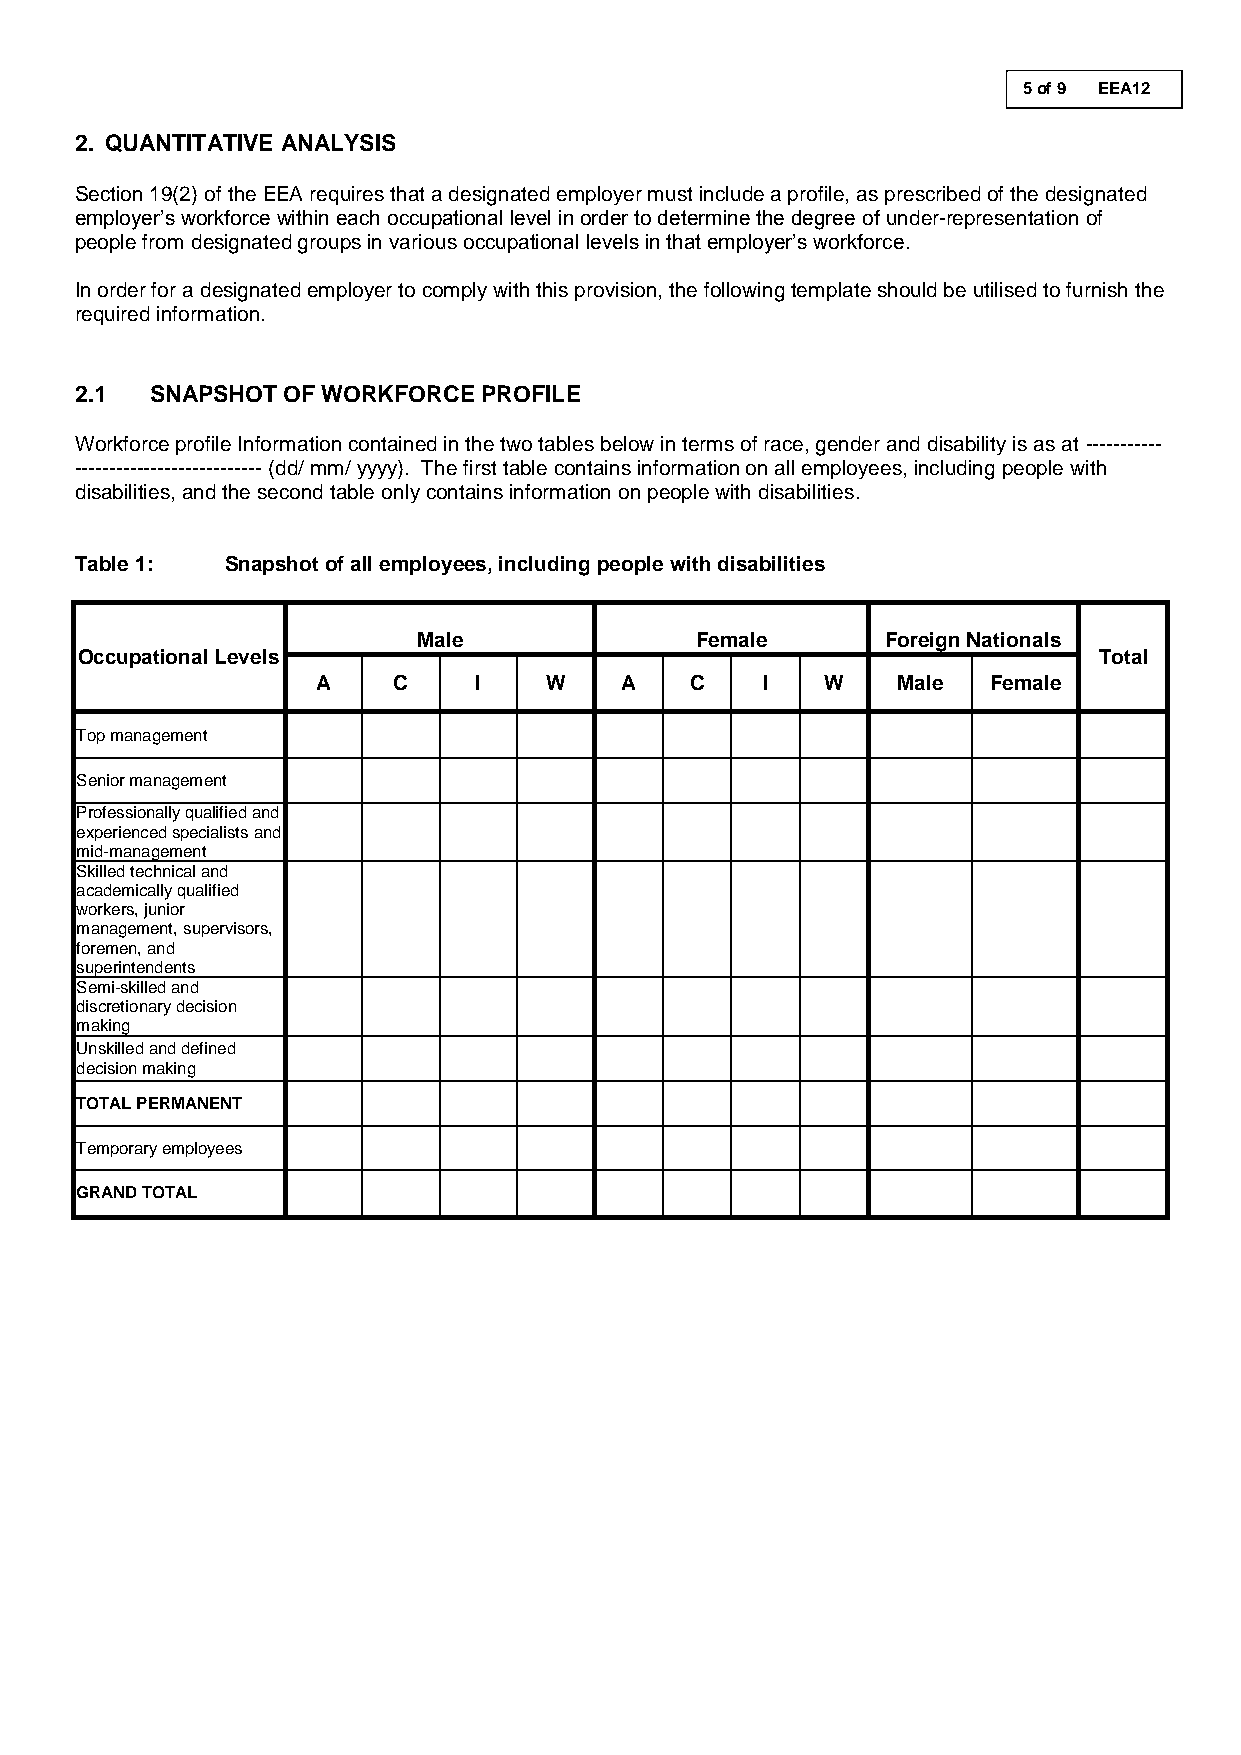
5 of 9 EEA12
 2. QUANTITATIVE ANALYSIS
 5 of 12 EEA2
 Section 19(2) of the EEA requires that a designated employer must include a profile, as prescribed of the designated
 employer’s workforce within each occupational level in order to determine the degree of under-representation of
 people from designated groups in various occupational levels in that employer’s workforce.
 In order for a designated employer to comply with this provision, the following template should be utilised to furnish the
 required information.
 2.1  SNAPSHOT OF WORKFORCE PROFILE
 Workforce profile Information contained in the two tables below in terms of race, gender and disability is as at -----------
 --------------------------- (dd/ mm/ yyyy). The first table contains information on all employees, including people with
 disabilities, and the second table only contains information on people with disabilities.
 Table 1:  Snapshot of all employees, including people with disabilities
 Male              Female       Foreign Nationals
 Occupational Levels                                                 Total
 A    C    I    W    A    C   I    W   Male  Female
 Top management
 Senior management
 Professionally qualified and
 experienced specialists and
 mid-management
 Skilled technical and
 academically qualified
 workers, junior
 management, supervisors,
 foremen, and
 superintendents
 Semi-skilled and
 discretionary decision
 making
 Unskilled and defined
 decision making
 TOTAL PERMANENT
 Temporary employees
 GRAND TOTAL